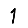
Digit: 1